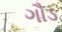
ગૌડ